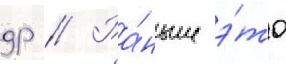
др // Ра́ньше э́то